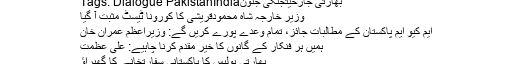
Tags: Dialogue PakistanIndiaبھارتی جارحیتجنگی جنون
وزیر خارجہ شاہ محمودقریشی کا کورونا ٹیسٹ مثبت آ گیا
ایم کیو ایم پاکستان کے مطالبات جائز، تمام وعدے پورے کریں گے: وزیراعظم عمران خان
ہمیں ہر فنکار کے گانوں کا خیر مقدم کرنا چاہیے: علی عظمت
بھارتی پولیس کا پاکستانی سفارتخانے کا گھیراؤ